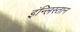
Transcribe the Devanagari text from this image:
इंन्लिस्तान